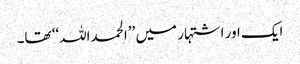
ایک اور اشتہار میں ’’الحمداللہ‘‘ تھا۔